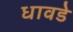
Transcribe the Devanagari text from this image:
धावडे